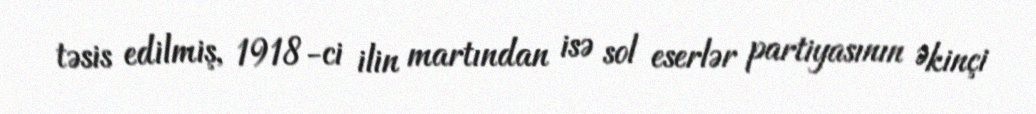
təsis edilmiş, 1918-ci ilin martından isə sol eserlər partiyasının Əkinçi